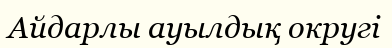
Айдарлы ауылдық округі